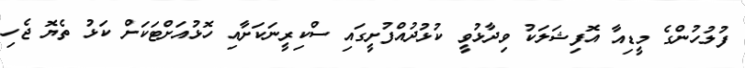
ފުލުހުންގެ މީޑިއާ އޮފިޝަލަކު ވިދާޅުވީ ކުޅުދުއްފުށީގައި ސްކިރީނަކަށާއި ހޮޅުއަށްޓަކަށް ކަޅު ތެޔޮ ޖެހި